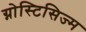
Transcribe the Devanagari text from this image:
ग्नोस्टिसिज्म